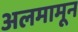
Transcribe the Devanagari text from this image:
अलमामून